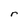
Character: r